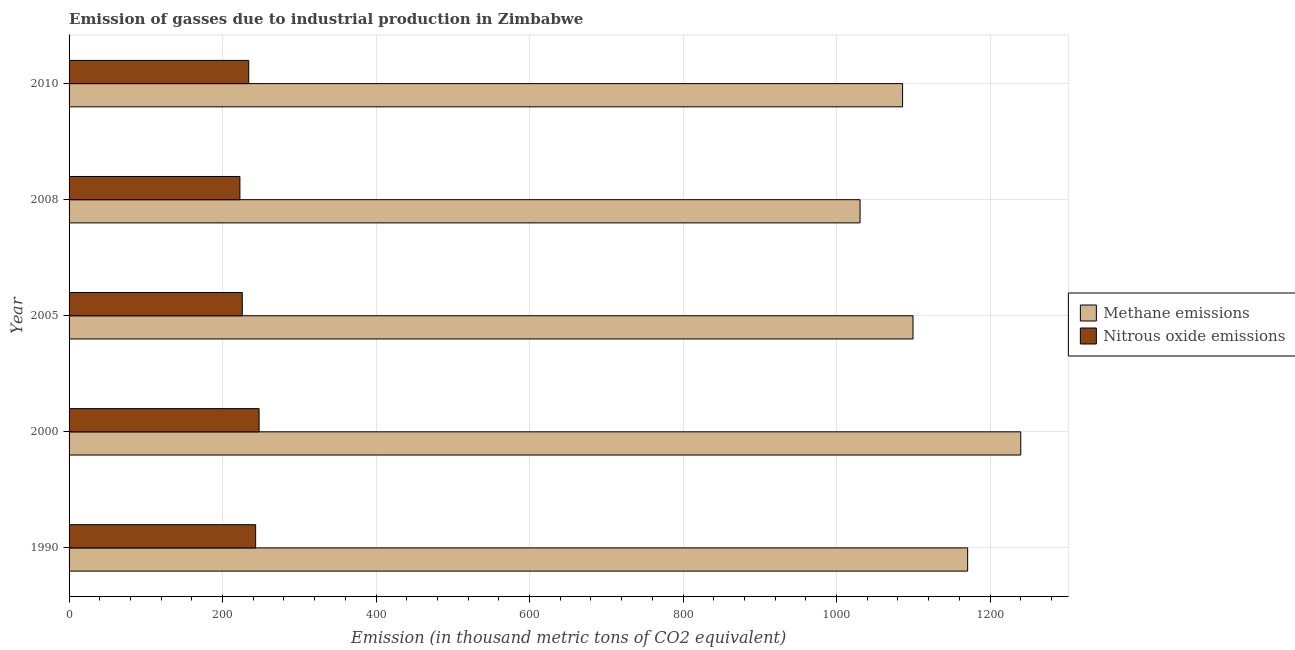
| Year | Methane emissions | Nitrous oxide emissions |
 | --- | --- | --- |
 | 1990 | 1.17e+03 | 243 |
 | 2000 | 1.24e+03 | 248 |
 | 2005 | 1.1e+03 | 226 |
 | 2008 | 1.03e+03 | 223 |
 | 2010 | 1.09e+03 | 234 |